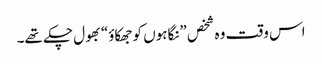
اس وقت وہ شخص ”نگاہوں کو جھکاؤ“ بھول چکے تھے۔